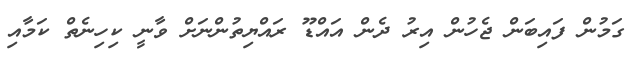
ގަމުން ފައިބަން ޖެހުން އިރު ދެން އައްޑޫ ރައްޔިތުންނަށް ވާނީ ކިހިނެތް ކަމާއި